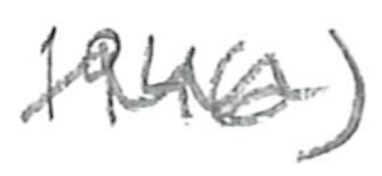
Text: 1946)
Cross-out: wave
Writing tool: pencil